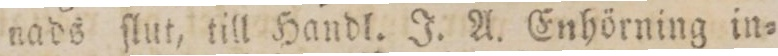
nads ſlut, till Handl. J. A. Enhörning in=